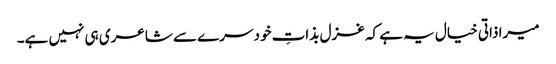
میرا ذاتی خیال یہ ہے کہ غزل بذاتِ خود سرے سے شاعری ہی نہیں ہے۔